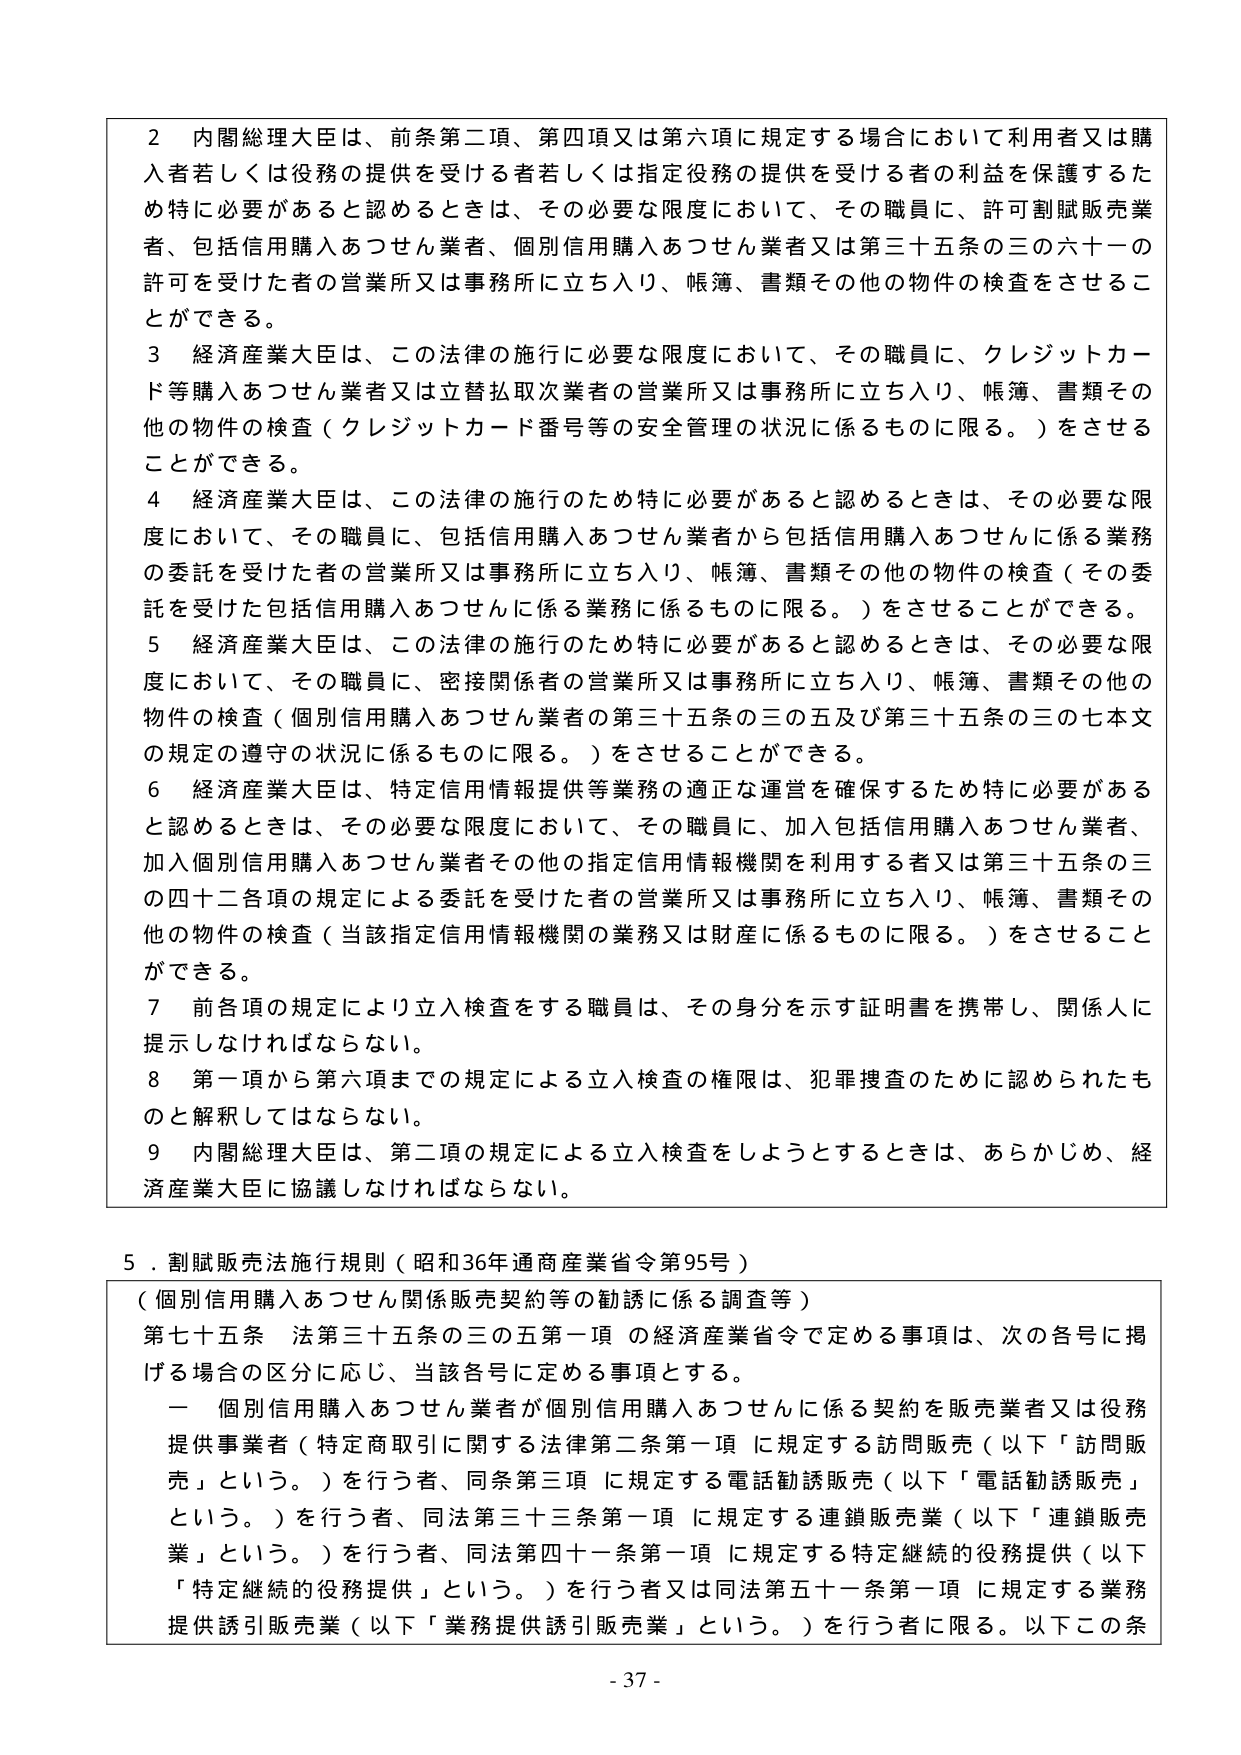
2 内閣総理大臣は、前条第二項、第四項又は第六項に規定する場合において利用者又は購入者若しくは役務の提供を受ける者若しくは指定役務の提供を受ける者の利益を保護するため特に必要があると認めるときは、その必要な限度において、その職員に、許可割賦販売業者、包括信用購入あつせん業者、個別信用購入あつせん業者又は第三十五条の三の六十一の許可を受けた者の営業所又は事務所に立ち入り、帳簿、書類その他の物件の検査をさせることができる。

3 経済産業大臣は、この法律の施行に必要な限度において、その職員に、クレジットカード等購入あつせん業者又は立替払取次業者の営業所又は事務所に立ち入り、帳簿、書類その他の物件の検査（クレジットカード番号等の安全管理の状況に係るものに限る。）をさせることができる。

4 経済産業大臣は、この法律の施行のため特に必要があると認めるときは、その必要な限度において、その職員に、包括信用購入あつせん業者から包括信用購入あつせんに係る業務の委託を受けた者の営業所又は事務所に立ち入り、帳簿、書類その他の物件の検査（その委託を受けた包括信用購入あつせんに係る業務に係るものに限る。）をさせることができる。

5 経済産業大臣は、この法律の施行のため特に必要があると認めるときは、その必要な限度において、その職員に、密接関係者の営業所又は事務所に立ち入り、帳簿、書類その他の物件の検査（個別信用購入あつせん業者の第三十五条の三の五及び第三十五条の三の七本文の規定の遵守の状況に係るものに限る。）をさせることができる。

6 経済産業大臣は、特定信用情報提供等業務の適正な運営を確保するため特に必要があると認めるときは、その必要な限度において、その職員に、加入包括信用購入あつせん業者、加入個別信用購入あつせん業者その他の指定信用情報機関を利用する者又は第三十五条の三の四十二各項の規定による委託を受けた者の営業所又は事務所に立ち入り、帳簿、書類その他の物件の検査（当該指定信用情報機関の業務又は財産に係るものに限る。）をさせることができる。

7 前各項の規定により立入検査をする職員は、その身分を示す証明書を携帯し、関係人に提示しなければならない。

8 第一項から第六項までの規定による立入検査の権限は、犯罪捜査のために認められたものと解釈してはならない。

9 内閣総理大臣は、第二項の規定による立入検査をしようとするときは、あらかじめ、経済産業大臣に協議しなければならない。

5．割賦販売法施行規則（昭和36年通商産業省令第95号）

（個別信用購入あつせん関係販売契約等の勧誘に係る調査等）

第七十五条 法第三十五条の三の五第一項 の経済産業省令で定める事項は、次の各号に掲げる場合の区分に応じ、当該各号に定める事項とする。

一 個別信用購入あつせん業者が個別信用購入あつせんに係る契約を販売業者又は役務提供事業者（特定商取引に関する法律第二条第一項 に規定する訪問販売（以下「訪問販売」という。）を行う者、同条第三項 に規定する電話勧誘販売（以下「電話勧誘販売」という。）を行う者、同法第三十三条第一項 に規定する連鎖販売業（以下「連鎖販売業」という。）を行う者、同法第四十一条第一項 に規定する特定継続的役務提供（以下「特定継続的役務提供」という。）を行う者又は同法第五十一条第一項 に規定する業務提供誘引販売業（以下「業務提供誘引販売業」という。）を行う者に限る。以下この条

- 37 -